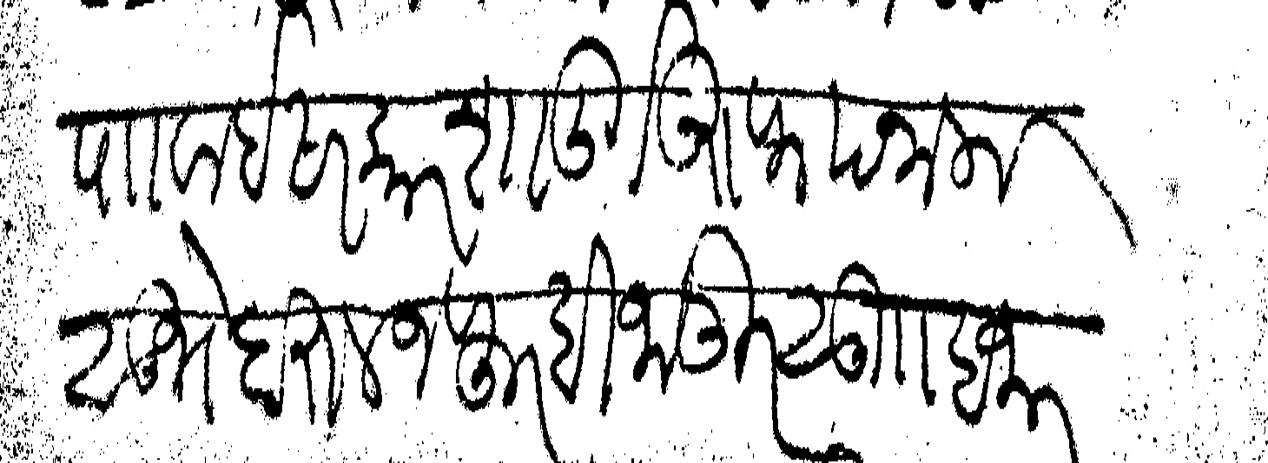
Transliteration (Devanagari): पाा वाई सरकार शादुर्ग उरुफ पनाला सुभे दारुल जफर बिजापूर सुा हजार